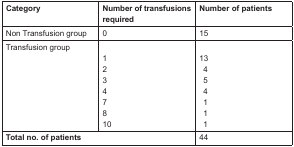
<table><thead><tr><td><b>Category</b></td><td><b>Number of transfusions required</b></td><td><b>Number of patients</b></td></tr></thead><tbody><tr><td>Non Transfusion group</td><td>0</td><td>15</td></tr><tr><td>Transfusion group</td><td>12347810</td><td>13454111</td></tr><tr><td colspan="2"><b>Total no. of patients</b></td><td>44</td></tr></tbody></table>